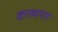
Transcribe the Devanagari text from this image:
काव्यपत्र